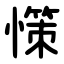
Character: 憡